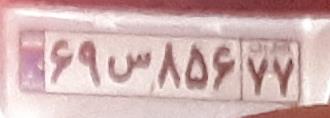
۶۹س۸۶۵۷۷